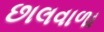
છાલવાળા